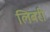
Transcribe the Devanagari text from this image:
लिबरी